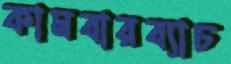
কামবারব্যাচ